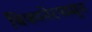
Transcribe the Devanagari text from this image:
बिकानेरपासुन